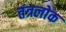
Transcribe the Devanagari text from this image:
तंत्रलोक